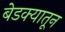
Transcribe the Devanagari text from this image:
बेडक्यातून